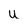
Character: U